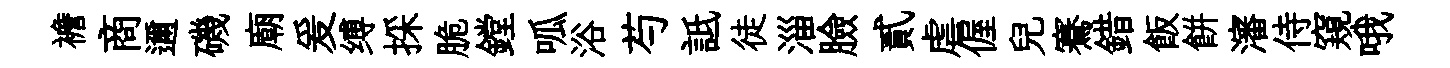
襜商邇磯廟爰缚採脆鏜呱浴芍詆徒淄臉貳虐偓兒騫錯飯餅瀋侍窺哦